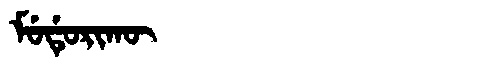
Manchu: ᠮᡠᡩᡠᡵᡳᡴᡡ
Romanization: MUDURIKŪ